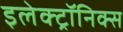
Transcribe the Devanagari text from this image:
इलेक्ट्रॉनिक्स